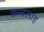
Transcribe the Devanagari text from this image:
कब्बलाह